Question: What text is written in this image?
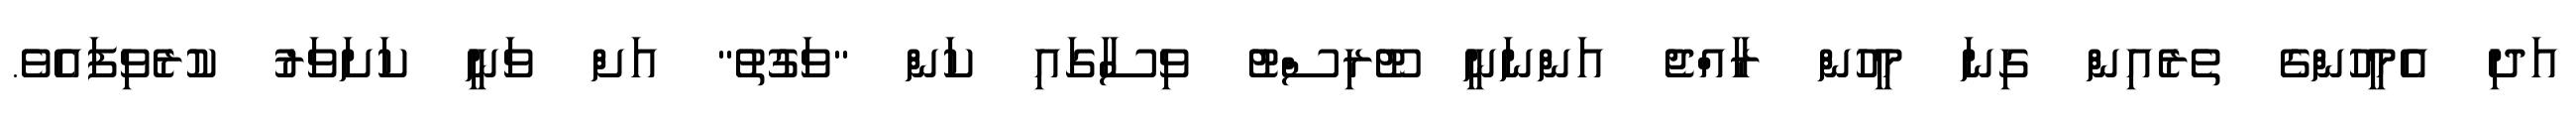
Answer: އަދި އެމީހުންގެ ތެރެއިން ގިނަ މީހުން ރާއްޖެ އަންނަނީ ޓޫރިސްޓު ވިސާގައި ކަން "ވަގުތު" އަށް ވަނީ ކަށަވަރު ކުރެވިފައެވެ.